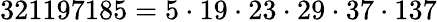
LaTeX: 321197185=5\cdot 19\cdot 23\cdot 29\cdot 37\cdot 137